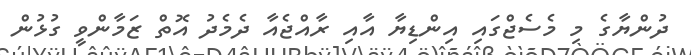
ދުންޔާގެ މި މެސެޖްގައި އިންޑިޔާ އާއި ރާއްޖެއާ ދެމެދު އޮތް ޒަމާންވީ ގުޅުން